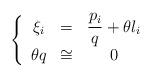
LaTeX: \begin{align*}\left\{ \begin{array}{ccc}\xi _{i} & = & \dfrac{p_{i}}{q}+\theta l_{i} \\ \theta q & \cong & 0\end{array}\right. \end{align*}